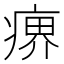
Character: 𤸋